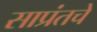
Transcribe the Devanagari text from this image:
साप्रंतचे